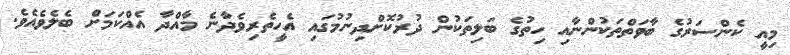
މިއީ ކެންސަރުގެ ބާވަތްތަކުންނާއި ހިތުގެ ބަލިތަކުން ދުރުކޮށްދިނުމުގައި އެހީތެރިވެދާނެ މާއްދާ އެއްކަމަށް ބެލެވެއެވެ.